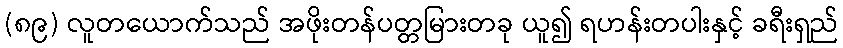
(၈၉) လူတယောက်သည် အဖိုးတန်ပတ္တမြားတခု ယူ၍ ရဟန်းတပါးနှင့် ခရီးရှည်